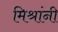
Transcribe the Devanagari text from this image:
मिश्रांनी